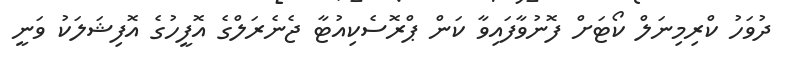
ދުވަހު ކްރިމިނަލް ކޯޓަށް ފޮނުވާފައިވާ ކަން ޕްރޮސެކިއުޓާ ޖެނެރަލްގެ އޮފީހުގެ އޮފިޝަލަކު ވަނީ